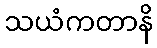
သယံကတာနိ